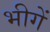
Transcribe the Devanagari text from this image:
भीगें